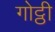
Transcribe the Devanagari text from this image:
गोट्ठी